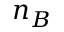
n _ { B }